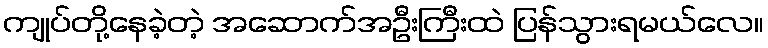
ကျုပ်တို့နေခဲ့တဲ့ အဆောက်အဦးကြီးထဲ ပြန်သွားရမယ်လေ။